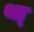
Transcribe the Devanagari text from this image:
था्